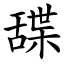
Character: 䑜